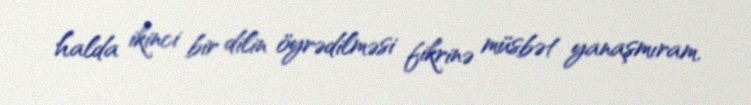
halda ikinci bir dilin öyrədilməsi fikrinə müsbət yanaşmıram.